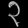
Digit: ၃